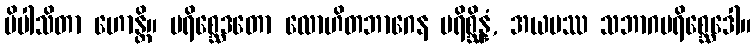
ပိပါသိတာ ဟောန္တိ။ ပရိစ္ဆေဒတော လောဟိတဘာဂေန ပရိစ္ဆိန္နံ, အယမဿ သဘာဂပရိစ္ဆေဒေါ။